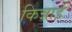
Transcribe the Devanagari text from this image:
किन्नार्ड